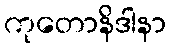
ကုတောနိဒါနာ